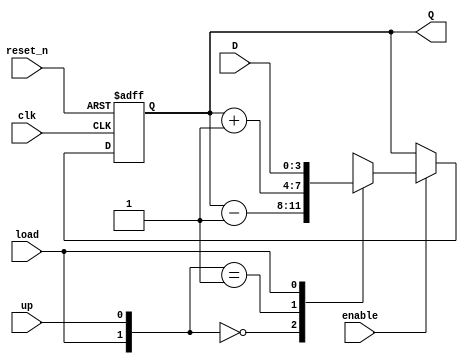
`timescale 1ns / 1ps
//////////////////////////////////////////////////////////////////////////////////
// Company: 
// Engineer: 
// 
// Design Name: 
// Module Name: udl_counter
// Project Name: 
// Target Devices: 
// Tool Versions: 
// Description: 
// 
// Dependencies: 
// 
// Revision:
// Revision 0.01 - File Created
// Additional Comments:
// 
//////////////////////////////////////////////////////////////////////////////////


module udl_counter
    #(parameter BITS =4)
    (
        input clk,
        input reset_n,
        input enable,
        input up,
        input load,
        input [BITS-1:0] D,
        output  [BITS-1:0] Q
    );
     reg [BITS-1:0] Q_reg,Q_next;
    always @ (posedge clk, negedge reset_n)
    begin
        if (~reset_n)
            Q_reg <= 'b0;
        else if (enable)
            Q_reg <= Q_next;
        else 
            Q_reg<=Q_reg;
    end
    //Next state logic
    always @(Q_reg,up)
    begin
        Q_next = Q_reg;
        casex ({load,up})
            2'b00: Q_next = Q_reg-1;
            2'b01: Q_next = Q_reg +1;
            2'b1x: Q_next = D;
            default: Q_next = Q_reg;
          endcase
    end
    // Output logic
    assign Q= Q_reg;
endmodule